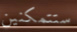
ستتمكنين